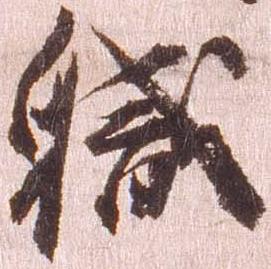
職